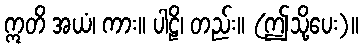
ဣတိ အယံ၊ ကား။ ပါဠိ၊ တည်း။ (ဤသို့ပေး)။